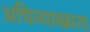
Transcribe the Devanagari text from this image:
अधिव्याख्यता